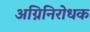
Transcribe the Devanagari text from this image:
अग्निनिरोधक